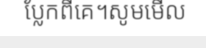
ប្លែកពីគេ។សូមមើល